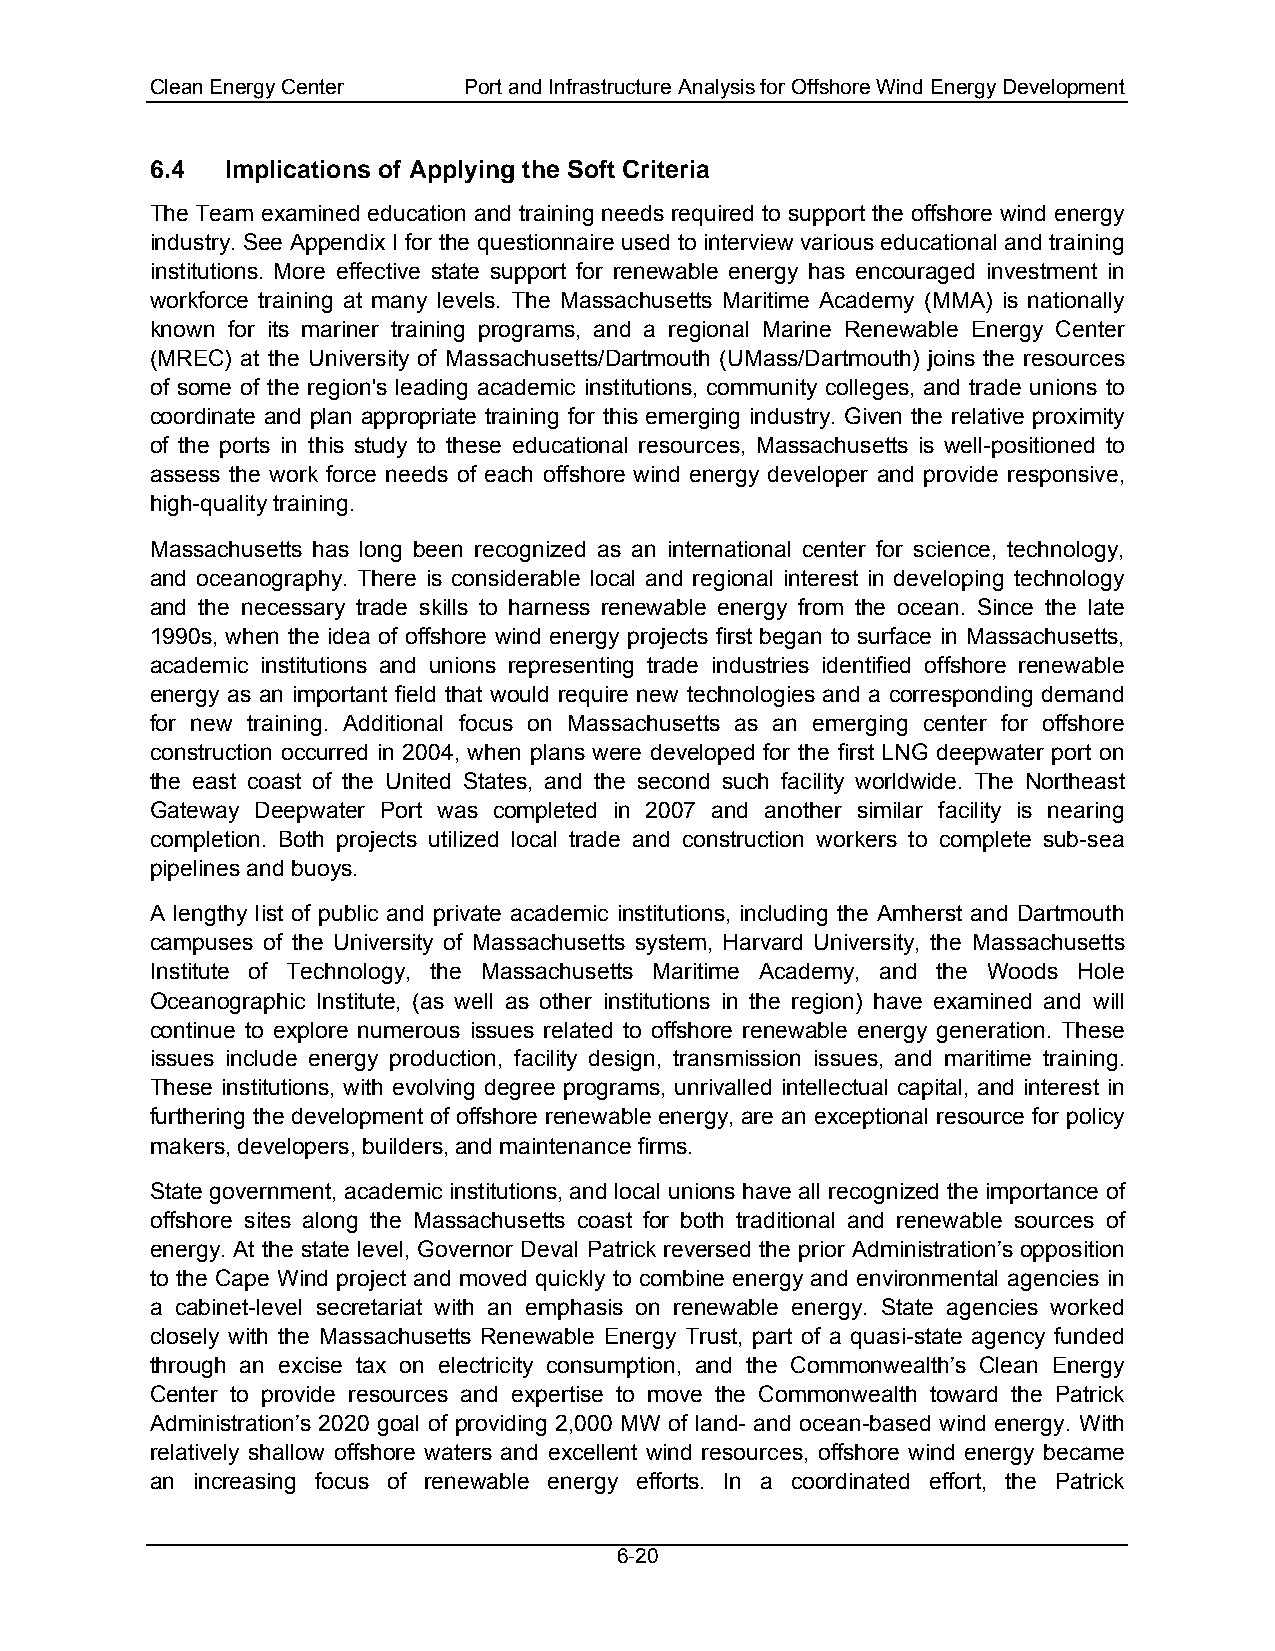
Clean Energy Center  Port and Infrastructure Analysis for Offshore Wind Energy Development
 6.4  Implications of Applying the Soft Criteria
 The Team examined education and training needs required to support the offshore wind energy
 industry. See Appendix I for the questionnaire used to interview various educational and training
 institutions. More effective state support for renewable energy has encouraged investment in
 workforce training at many levels. The Massachusetts Maritime Academy (MMA) is nationally
 known for its mariner training programs, and a regional Marine Renewable Energy Center
 (MREC) at the University of Massachusetts/Dartmouth (UMass/Dartmouth) joins the resources
 of some of the region's leading academic institutions, community colleges, and trade unions to
 coordinate and plan appropriate training for this emerging industry. Given the relative proximity
 of the ports in this study to these educational resources, Massachusetts is well-positioned to
 assess the work force needs of each offshore wind energy developer and provide responsive,
 high-quality training.
 Massachusetts has long been recognized as an international center for science, technology,
 and oceanography. There is considerable local and regional interest in developing technology
 and the necessary trade skills to harness renewable energy from the ocean. Since the late
 1990s, when the idea of offshore wind energy projects first began to surface in Massachusetts,
 academic institutions and unions representing trade industries identified offshore renewable
 energy as an important field that would require new technologies and a corresponding demand
 for new training. Additional focus on Massachusetts as an emerging center for offshore
 construction occurred in 2004, when plans were developed for the first LNG deepwater port on
 the east coast of the United States, and the second such facility worldwide. The Northeast
 Gateway Deepwater Port was completed in 2007 and another similar facility is nearing
 completion. Both projects utilized local trade and construction workers to complete sub-sea
 pipelines and buoys.
 A lengthy list of public and private academic institutions, including the Amherst and Dartmouth
 campuses of the University of Massachusetts system, Harvard University, the Massachusetts
 Institute of Technology, the Massachusetts Maritime Academy, and the Woods Hole
 Oceanographic Institute, (as well as other institutions in the region) have examined and will
 continue to explore numerous issues related to offshore renewable energy generation. These
 issues include energy production, facility design, transmission issues, and maritime training.
 These institutions, with evolving degree programs, unrivalled intellectual capital, and interest in
 furthering the development of offshore renewable energy, are an exceptional resource for policy
 makers, developers, builders, and maintenance firms.
 State government, academic institutions, and local unions have all recognized the importance of
 offshore sites along the Massachusetts coast for both traditional and renewable sources of
 energy. At the state level, Governor Deval Patrick reversed the prior Administration’s opposition
 to the Cape Wind project and moved quickly to combine energy and environmental agencies in
 a cabinet-level secretariat with an emphasis on renewable energy. State agencies worked
 closely with the Massachusetts Renewable Energy Trust, part of a quasi-state agency funded
 through an excise tax on electricity consumption, and the Commonwealth’s Clean Energy
 Center to provide resources and expertise to move the Commonwealth toward the Patrick
 Administration’s 2020 goal of providing 2,000 MW of land- and ocean-based wind energy. With
 relatively shallow offshore waters and excellent wind resources, offshore wind energy became
 an increasing focus of renewable energy efforts. In a coordinated effort, the Patrick
 6-20